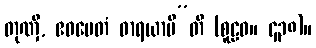
တုဏှီ, ဧဝမေတံ ဓာရယာမီ”တိ (စူဠဝ။ ၄၃၈)။